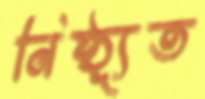
নিষ্ঠ্যূত